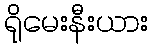
ရိုမေးနီးယား